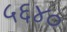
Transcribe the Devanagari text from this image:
५६४०